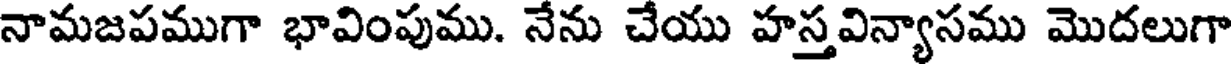
నామజపముగా భావింపుము. నేను చేయు హస్త విన్యాసము మొదలుగా